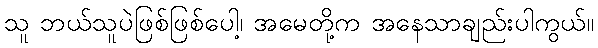
သူ ဘယ်သူပဲဖြစ်ဖြစ်ပေါ့၊ အမေတို့က အနေသာချည်းပါကွယ်။